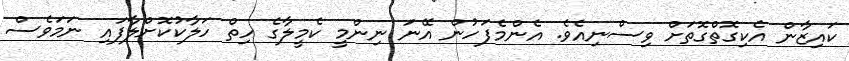
ކައިޒާން އެކިގޮތްގޮތަށް ވިސްނިއެވެ. އެންމެފަހުން އޭނަ ނިންމީ ކެމީލާގެ ހިތް ހަލާކުކޮށްލާފައި ނަމަވެސް